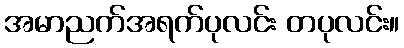
အမာညက်အရက်ပုလင်း တပုလင်း။